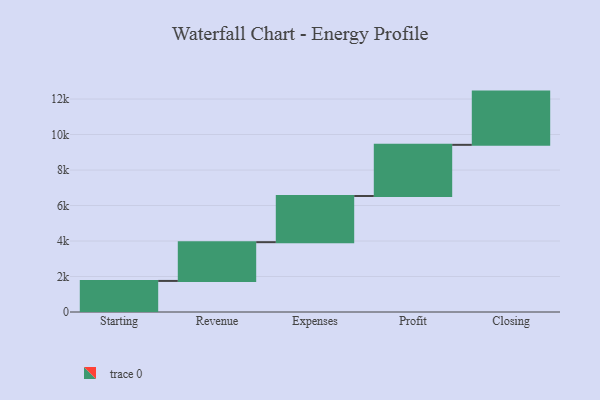
{"axis": {"x": "Step", "y": "Value"}, "legend": [""], "data": [{"x": "Starting", "y": 1751.0, "type": ""}, {"x": "Revenue", "y": 2184.0, "type": ""}, {"x": "Expenses", "y": 2603.0, "type": ""}, {"x": "Profit", "y": 2882.0, "type": ""}, {"x": "Closing", "y": 3000, "type": ""}]}